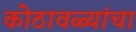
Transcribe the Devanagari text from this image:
कोठावळ्यांचा